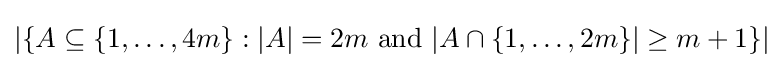
|\{A\subseteq \{1,\ldots ,4m\}:|A|=2m{\text{ and }}|A\cap \{1,\ldots ,2m\}|\geq m+1\}|